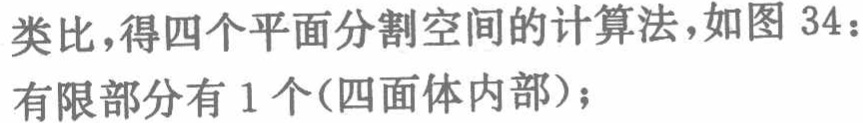
类比，得四个平面分割空间的计算法，如图 34：
有限部分有 1 个(四面体内部)；